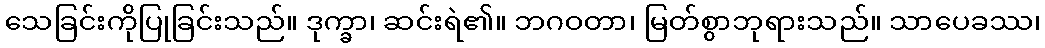
သေခြင်းကိုပြုခြင်းသည်။ ဒုက္ခာ၊ ဆင်းရဲ၏။ ဘဂဝတာ၊ မြတ်စွာဘုရားသည်။ သာပေခဿ၊